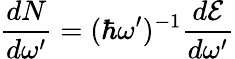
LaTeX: \frac{dN}{d\omega^{\prime}}=(\hbar\omega^{\prime})^{-1}\frac{d\mathcal{E}}{d\omega^{\prime}}